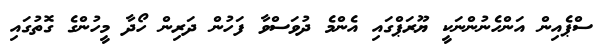
ސްޕެއިން އަންހެނުންނަކީ ޔޫރަޕްގައި އެންމެ ދުވަސްވާ ފަހުން ދަރިން ހޯދާ މީހުންގެ ގޮތުގައި